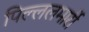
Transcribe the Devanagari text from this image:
पिल्‍ललमार्री